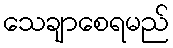
သေချာစေရမည်